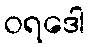
ဝရဒေါ